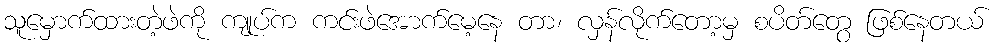
သူမှောက်ထားတဲ့ဖဲကို ကျုပ်က ကင်းဖဲအောက်မေ့နေ တာ၊ လှန်လိုက်တော့မှ စပိတ်တွေ ဖြစ်နေတယ်